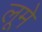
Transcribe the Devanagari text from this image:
लूमे